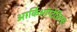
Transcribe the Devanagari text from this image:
आर्किऑप्टेरिक्स